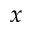
x